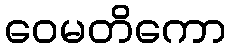
ဝေမတိကော